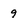
Character: 9